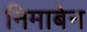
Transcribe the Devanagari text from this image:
निमाबेन